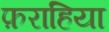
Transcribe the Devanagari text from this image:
फ़राहिया